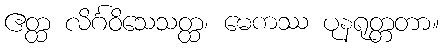
ဧတ္ထ လိင်္ဂဝိသေသတ္ထ၊ မေကဿ ပုနရုတ္တတာ။